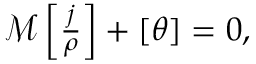
\begin{array} { r } { \mathcal { M } \left[ \frac { j } { \rho } \right] + \left[ \theta \right] = 0 , } \end{array}